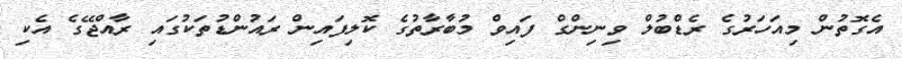
އެގޮތުން މިއަހަރުގެ ރެޑްބުލް ވިނިންގް ފައިވް މުބާރާތުގެ ކޮލިފައިން ރައުންޑުތަކުގައި ރާއްޖޭގެ އެކި